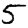
Digit: 5